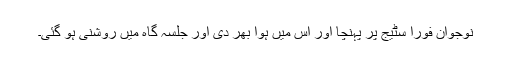
نوجوان فورا سٹیج پر پہنچا اور اس میں ہوا بھر دی اور جلسہ گاہ میں روشنی ہو گئی۔